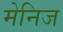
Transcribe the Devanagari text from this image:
मेनिज